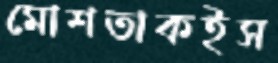
মোশতাকইস